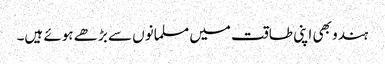
ہندو بھی اپنی طاقت میں مسلمانوں سے بڑھے ہوئے ہیں۔